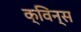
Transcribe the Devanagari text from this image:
क्विन्‍स